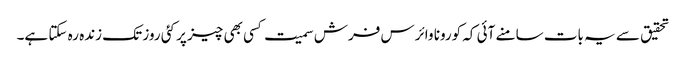
تحقیق سے یہ بات سامنے آئی کہ کورونا وائرس فرش سمیت کسی بھی چیز پر کئی روز تک زندہ رہ سکتا ہے۔